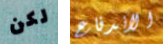
لكن الاندفاع